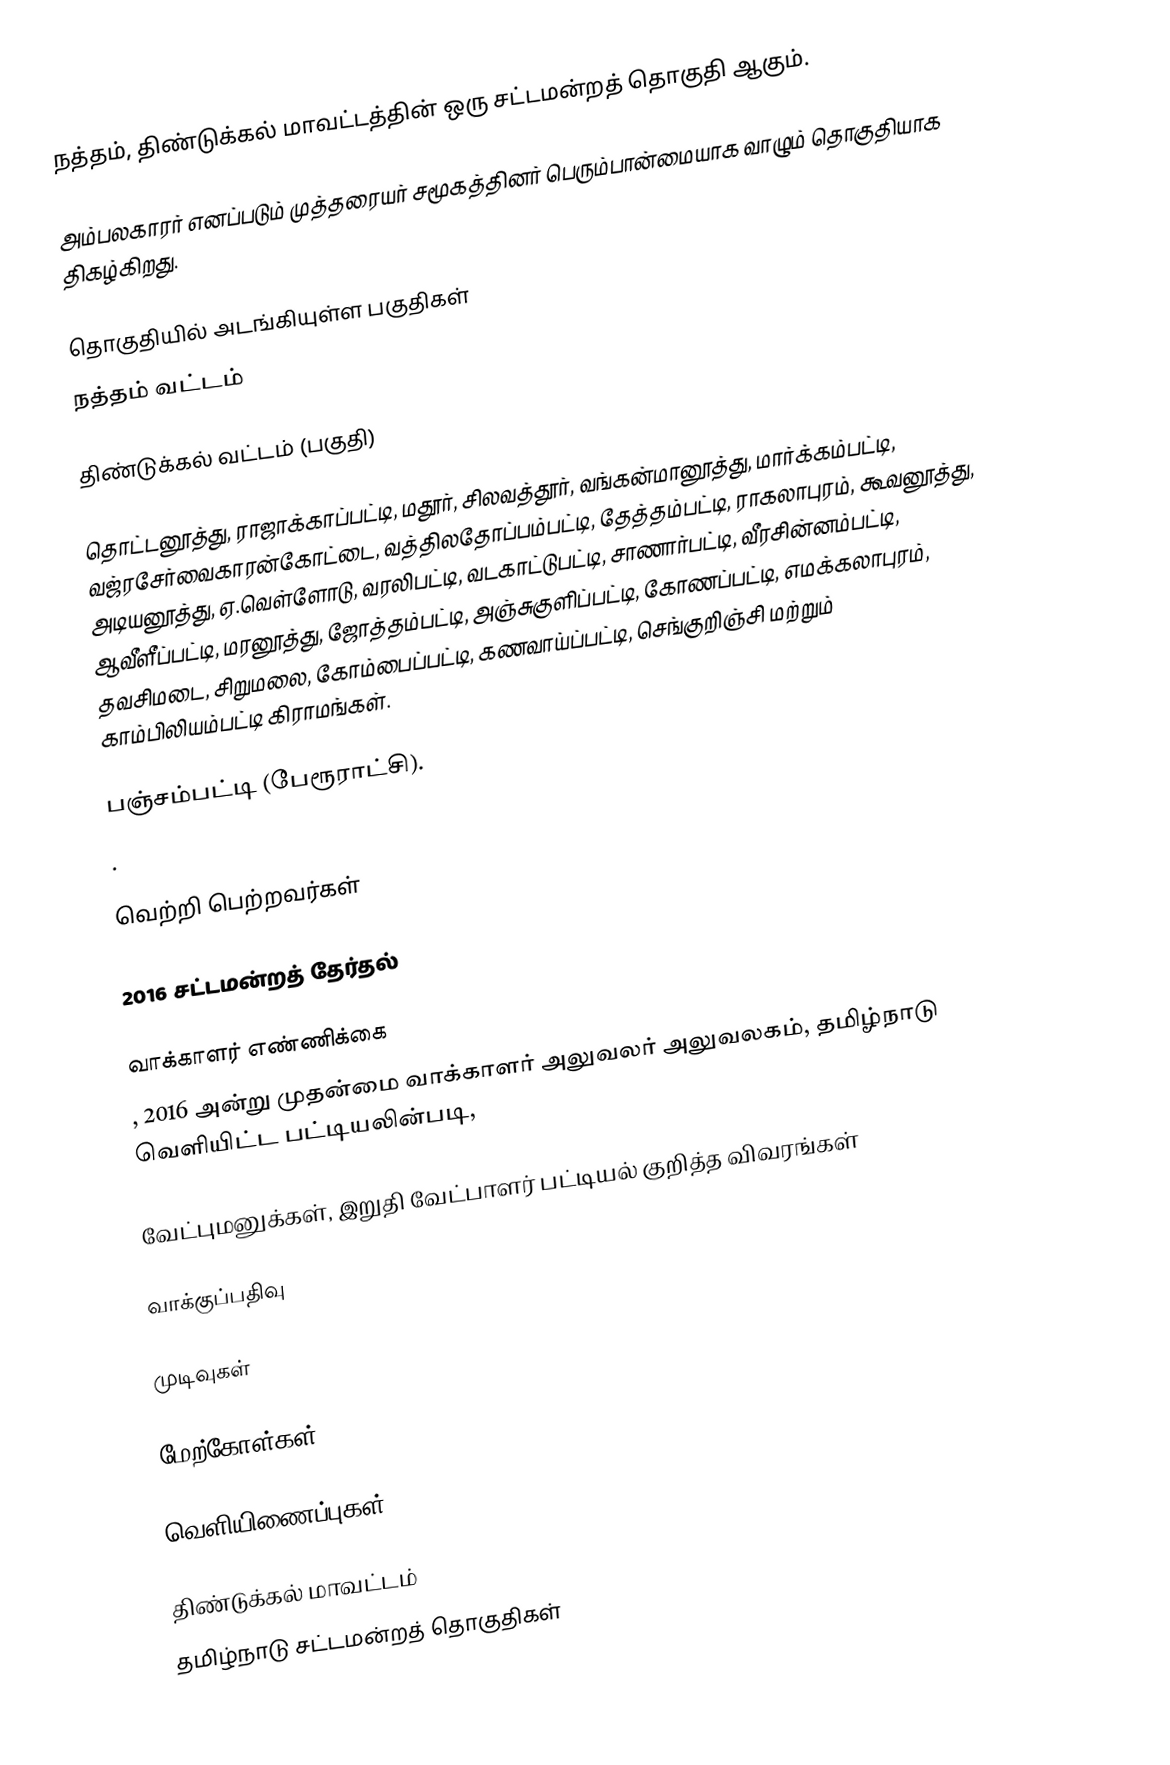
நத்தம், திண்டுக்கல் மாவட்டத்தின் ஒரு சட்டமன்றத் தொகுதி ஆகும்.

அம்பலகாரர் எனப்படும் முத்தரையர் சமூகத்தினர் பெரும்பான்மையாக வாழும் தொகுதியாக திகழ்கிறது.

தொகுதியில் அடங்கியுள்ள பகுதிகள்
 நத்தம் வட்டம்

 திண்டுக்கல் வட்டம் (பகுதி)

தொட்டனூத்து, ராஜாக்காப்பட்டி, மதூர், சிலவத்தூர், வங்கன்மானூத்து, மார்க்கம்பட்டி, வஜ்ரசேர்வைகாரன்கோட்டை, வத்திலதோப்பம்பட்டி, தேத்தம்பட்டி, ராகலாபுரம், கூவனூத்து, அடியனூத்து, ஏ.வெள்ளோடு, வரலிபட்டி, வடகாட்டுபட்டி, சாணார்பட்டி, வீரசின்னம்பட்டி, ஆவீளீப்பட்டி, மரனூத்து, ஜோத்தம்பட்டி, அஞ்சுகுளிப்பட்டி, கோணப்பட்டி, எமக்கலாபுரம், தவசிமடை, சிறுமலை, கோம்பைப்பட்டி, கணவாய்ப்பட்டி, செங்குறிஞ்சி மற்றும் காம்பிலியம்பட்டி கிராமங்கள்.

பஞ்சம்பட்டி (பேரூராட்சி).
.

வெற்றி பெற்றவர்கள்

2016 சட்டமன்றத் தேர்தல்

வாக்காளர் எண்ணிக்கை
, 2016 அன்று முதன்மை வாக்காளர் அலுவலர் அலுவலகம், தமிழ்நாடு வெளியிட்ட பட்டியலின்படி,

வேட்புமனுக்கள், இறுதி வேட்பாளர் பட்டியல் குறித்த விவரங்கள்

வாக்குப்பதிவு

முடிவுகள்

மேற்கோள்கள்

வெளியிணைப்புகள்

திண்டுக்கல் மாவட்டம்
தமிழ்நாடு சட்டமன்றத் தொகுதிகள்